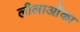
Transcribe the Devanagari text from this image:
लीलाओंका